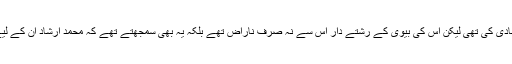
بتایا گیا ہے کہ مقتول نے اپنی مرضی سے شادی کی تھی لیکن اس کی بیوی کے رشتے دار اس سے نہ صرف ناراض تھے بلکہ یہ بھی سمجھتے تھے کہ محمد ارشاد ان کے لیے ’سماجی طور پر بےعزتی‘ کا سبب بنا تھا۔